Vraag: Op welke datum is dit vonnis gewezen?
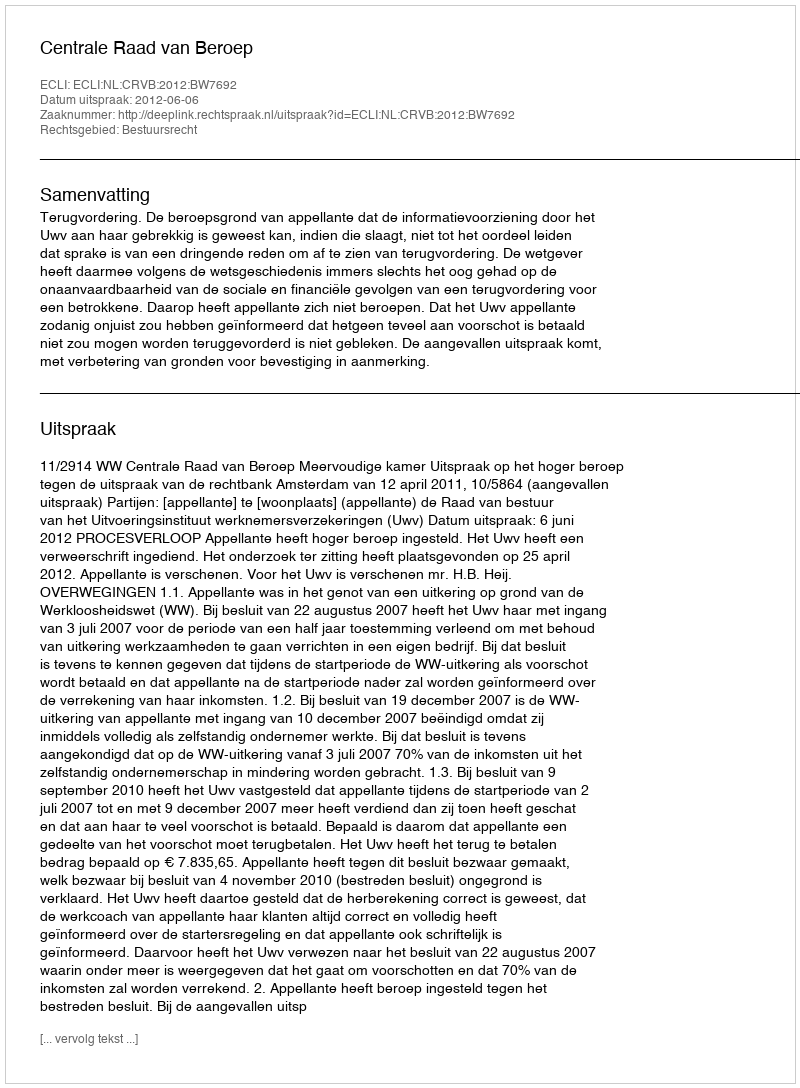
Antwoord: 2012-06-06